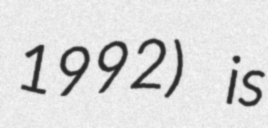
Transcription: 1992) is